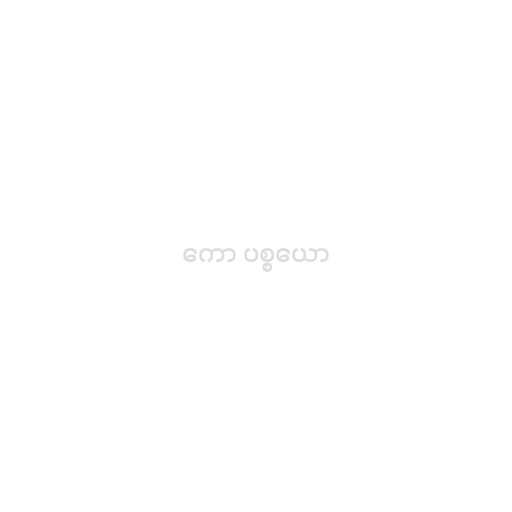
ကော ပစ္စယော